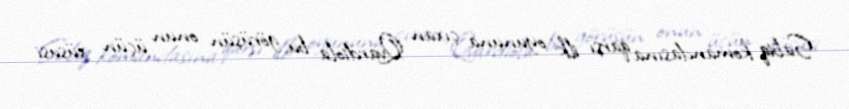
Sabiq komandasına qarşı ilk oyununa çıxan Qvardiola bu görüşün onun üçün xüsusi